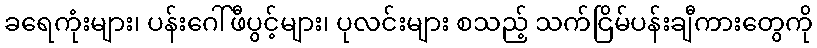
ခရေကုံးများ၊ ပန်းဂေါ်ဖီပွင့်များ၊ ပုလင်းများ စသည့် သက်ငြိမ်ပန်းချီကားတွေကို